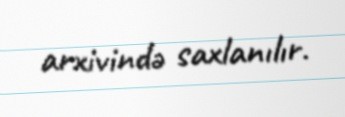
arxivində saxlanılır.